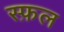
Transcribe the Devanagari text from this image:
स्फ़ल